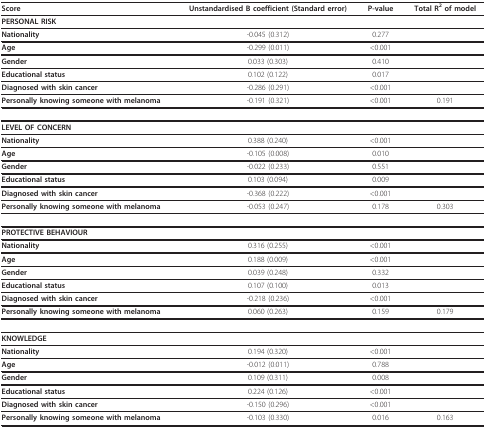
| Score | Unstandardised B coefficient (Standard error) | P-value | Total R2 of model |
 | --- | --- | --- | --- |
 | PERSONAL RISK |  |  |  |
 | Nationality | -0.045 (0.312) | 0.277 |  |
 | Age | -0.299 (0.011) | <0.001 |  |
 | Gender | 0.033 (0.303) | 0.410 |  |
 | Educational status | 0.102 (0.122) | 0.017 |  |
 | Diagnosed with skin cancer | -0.286 (0.291) | <0.001 |  |
 | Personally knowing someone with melanoma | -0.191 (0.321) | <0.001 | 0.191 |
 | LEVEL OF CONCERN |  |  |  |
 | Nationality | 0.388 (0.240) | <0.001 |  |
 | Age | -0.105 (0.008) | 0.010 |  |
 | Gender | -0.022 (0.233) | 0.551 |  |
 | Educational status | 0.103 (0.094) | 0.009 |  |
 | Diagnosed with skin cancer | -0.368 (0.222) | <0.001 |  |
 | Personally knowing someone with melanoma | -0.053 (0.247) | 0.178 | 0.303 |
 | PROTECTIVE BEHAVIOUR |  |  |  |
 | Nationality | 0.316 (0.255) | <0.001 |  |
 | Age | 0.188 (0.009) | <0.001 |  |
 | Gender | 0.039 (0.248) | 0.332 |  |
 | Educational status | 0.107 (0.100) | 0.013 |  |
 | Diagnosed with skin cancer | -0.218 (0.236) | <0.001 |  |
 | Personally knowing someone with melanoma | 0.060 (0.263) | 0.159 | 0.179 |
 | KNOWLEDGE |  |  |  |
 | Nationality | 0.194 (0.320) | <0.001 |  |
 | Age | -0.012 (0.011) | 0.788 |  |
 | Gender | 0.109 (0.311) | 0.008 |  |
 | Educational status | 0.224 (0.126) | <0.001 |  |
 | Diagnosed with skin cancer | -0.150 (0.296) | <0.001 |  |
 | Personally knowing someone with melanoma | -0.103 (0.330) | 0.016 | 0.163 |